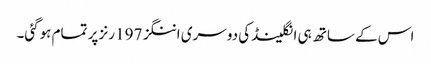
اس کے ساتھ ہی انگلینڈ کی دوسری اننگز 197 رنز پر تمام ہوگئی۔